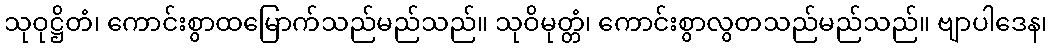
သုဝုဋ္ဌိတံ၊ ကောင်းစွာထမြောက်သည်မည်သည်။ သုဝိမုတ္တံ၊ ကောင်းစွာလွတသည်မည်သည်။ ဗျာပါဒေန၊